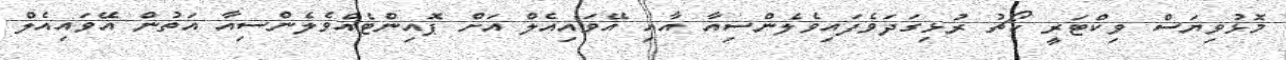
މޮޅުވިޔަސް ވިކްޓަރީ ކޯޗު ރުޅިގަދަވެފައިވެލެންސިއާ އާއި އޭވައިއެލް އަށް ޕޮއިންޓެއްވެލެންސިއާ އަތުން އޭވައިއެލް